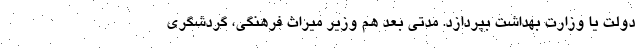
دولت یا وزارت بهداشت بپردازد. مدتی بعد هم وزیر میراث فرهنگی، گردشگری